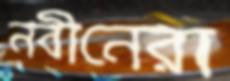
নবীনেরা